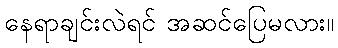
နေရာချင်းလဲရင် အဆင်ပြေမလား။